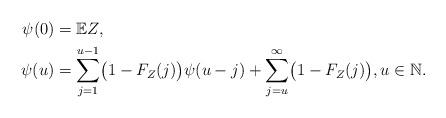
LaTeX: \begin{align*}\psi(0)&=\mathbb{E}Z,\\\psi(u)&=\sum\limits_{j=1}^{u-1}\bigl(1-F_Z(j)\bigr)\psi(u-j) +\sum\limits_{j=u}^{\infty}\bigl(1-F_Z(j)\bigr), u\in\mathbb{N}.\end{align*}